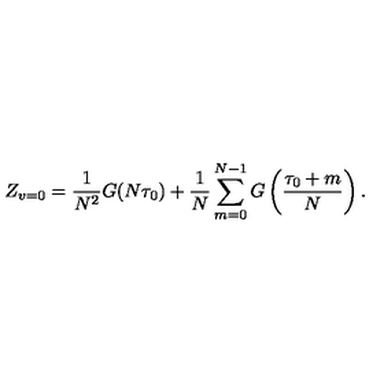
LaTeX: Z _ { v = 0 } = \frac { 1 } { N ^ { 2 } } G ( N \tau _ { 0 } ) + \frac { 1 } { N } \sum _ { m = 0 } ^ { N - 1 } G \left( \frac { \tau _ { 0 } + m } { N } \right) .